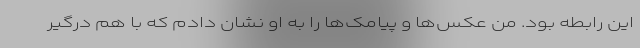
این رابطه بود. من عکس‌ها و پیامک‌ها را به او نشان دادم که با هم درگیر